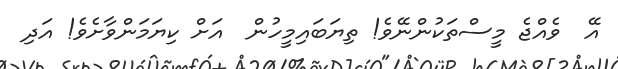
އޭ  ވެއްޖެ މީސްތަކުންނޭވެ! ތިޔަބައިމީހުން  އަށް ކިޔަމަންވާށެވެ! އަދި